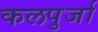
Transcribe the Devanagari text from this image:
कलपुर्जा